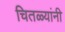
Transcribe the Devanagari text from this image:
चितळ्यांनी